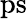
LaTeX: \mathrm{ps}